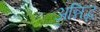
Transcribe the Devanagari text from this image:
अन्निद्ध